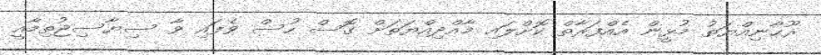
ރޫޙާނިއްޔަތު މުޅީން އެއްފަރާތް ކޮށްލައި މާއްދިއްޔަތަށް ގޮސް ހުސް ވެފައި ވާ ސިޔާސިޖުތިމާއީ